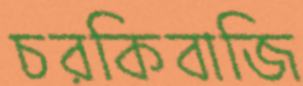
চরকিবাজি